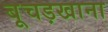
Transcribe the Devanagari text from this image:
बूचड़खाना